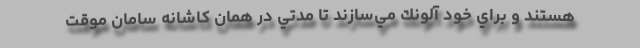
هستند و براي خود آلونك مي‌سازند تا مدتي در همان كاشانه سامان موقت